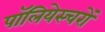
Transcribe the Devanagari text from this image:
पॉलियेस्चरों